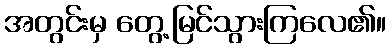
အတွင်းမှ တွေ့မြင်သွားကြလေ၏။